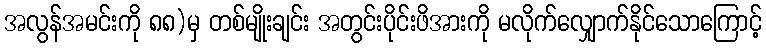
အလွန်အမင်းကို ၈၈)မှ တစ်မျိုးချင်း အတွင်းပိုင်းဖိအားကို မလိုက်လျှောက်နိုင်သောကြောင့်